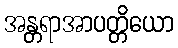
အန္တရာအာပတ္တိယော